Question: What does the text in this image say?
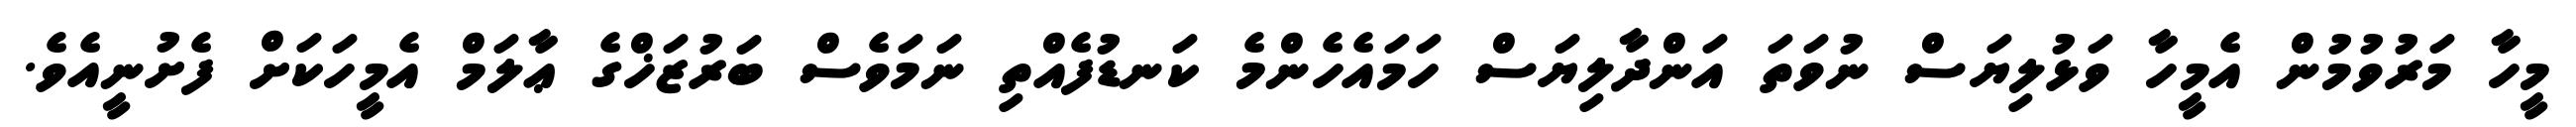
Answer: މީހާ މަރުވުމުން އެމީހާ ވަޅުލިޔަސް ނުވަތަ އަންދާލިޔަސް ހަމައެހެންމެ ކަނޑުފެއްތި ނަމަވެސް ބަރުޒަޚްގެ ޢާލަމް އެމީހަކަށް ފެށުނީއެވެ.